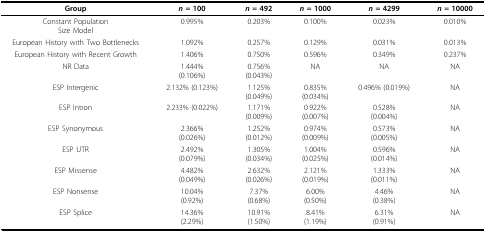
<table><thead><tr><td><b>Group</b></td><td><b><i>n </i>= 100</b></td><td><b><i>n </i>= 492</b></td><td><b><i>n </i>= 1000</b></td><td><b><i>n </i>= 4299</b></td><td><b><i>n </i>= 10000</b></td></tr></thead><tbody><tr><td>Constant PopulationSize Model</td><td>0.995%</td><td>0.203%</td><td>0.100%</td><td>0.023%</td><td>0.010%</td></tr><tr><td>European History with Two Bottlenecks</td><td>1.092%</td><td>0.257%</td><td>0.129%</td><td>0.031%</td><td>0.013%</td></tr><tr><td>European History with Recent Growth</td><td>1.406%</td><td>0.750%</td><td>0.596%</td><td>0.349%</td><td>0.237%</td></tr><tr><td>NR Data</td><td>1.444%(0.106%)</td><td>0.756%(0.043%)</td><td>NA</td><td>NA</td><td>NA</td></tr><tr><td>ESP Intergenic</td><td>2.132% (0.123%)</td><td>1.125%(0.049%)</td><td>0.835%(0.034%)</td><td>0.496% (0.019%)</td><td>NA</td></tr><tr><td>ESP Intron</td><td>2.233% (0.022%)</td><td>1.171%(0.009%)</td><td>0.922%(0.007%)</td><td>0.528%(0.004%)</td><td>NA</td></tr><tr><td>ESP Synonymous</td><td>2.366%(0.026%)</td><td>1.252%(0.012%)</td><td>0.974%(0.009%)</td><td>0.573%(0.005%)</td><td>NA</td></tr><tr><td>ESP UTR</td><td>2.492%(0.079%)</td><td>1.305%(0.034%)</td><td>1.004%(0.025%)</td><td>0.596%(0.014%)</td><td>NA</td></tr><tr><td>ESP Missense</td><td>4.482%(0.049%)</td><td>2.632%(0.026%)</td><td>2.121%(0.019%)</td><td>1.333%(0.011%)</td><td>NA</td></tr><tr><td>ESP Nonsense</td><td>10.04%(0.92%)</td><td>7.37%(0.68%)</td><td>6.00%(0.50%)</td><td>4.46%(0.38%)</td><td>NA</td></tr><tr><td>ESP Splice</td><td>14.36%(2.29%)</td><td>10.91%(1.50%)</td><td>8.41%(1.19%)</td><td>6.31%(0.91%)</td><td>NA</td></tr></tbody></table>